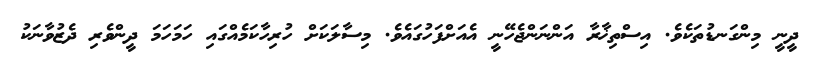
ދީނީ މިންގަނޑުތަކެވެ. އިސްތިޚާރާ އަންނަންޖެހޭނީ އެއަށްފަހުގައެވެ. މިސާލަކަށް ހުރިހާކަމެއްގައި ހަމަހަމަ ދީންވެރި ދެޒުވާނަކު